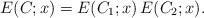
LaTeX: \begin{align*}E (C; x) = E (C_1;x) \, E (C_2;x).\end{align*}